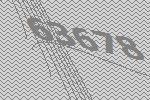
63678